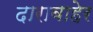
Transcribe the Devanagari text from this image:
दाराबाहेर